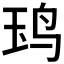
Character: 𬸃